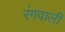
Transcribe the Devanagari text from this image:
रंगवाली